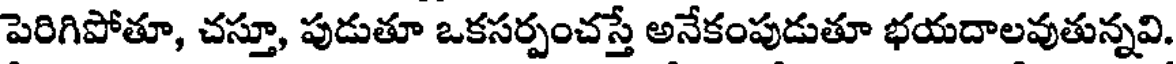
పెరిగిపోతూ, చస్తూ, పుడుతూ ఒకసర్పంచస్తే అనేకంపుడుతూ భయదాలవుతున్నవి.